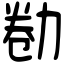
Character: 勌